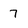
Character: 7